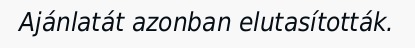
Ajánlatát azonban elutasították.